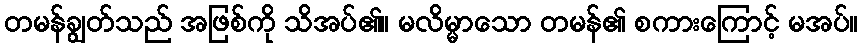
တမန်ချွတ်သည် အဖြစ်ကို သိအပ်၏။ မလိမ္မာသော တမန်၏ စကားကြောင့် မအပ်။